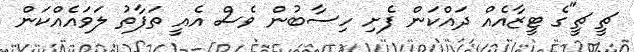
ޗީ ޗީ"ގެ ޓީޒާއެއް ދައްކަން ފެށި ހިސާބުން ވެސް އެއީ ތަފާތު ލަވައެއްކަން